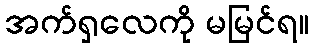
အက်ရှလေကို မမြင်ရ။